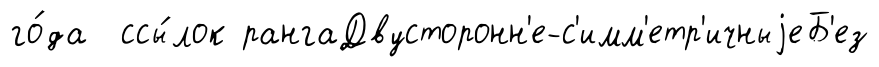
го́да ссы́лок рангаДвусторонн'е-с'имм'етр'ичныjеБ'ез